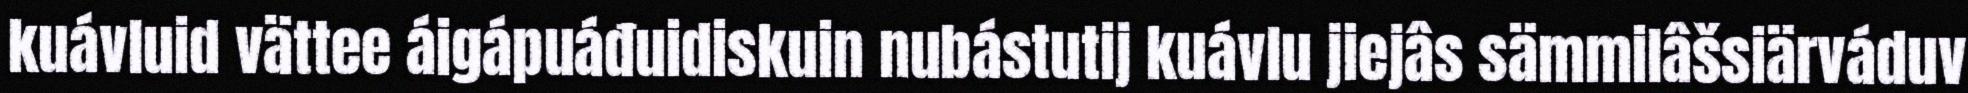
kuávluid vättee áigápuáđuidiskuin nubástutij kuávlu jiejâs sämmilâšsiärváduv